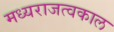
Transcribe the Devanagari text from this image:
मध्यराजत्वकाल